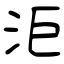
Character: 洰